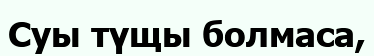
Суы түщы болмаса,